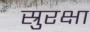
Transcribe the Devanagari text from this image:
स्रुरक्षा